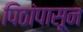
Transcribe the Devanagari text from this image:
पिठांपासून